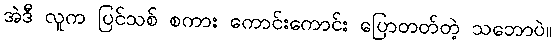
အဲဒီ လူက ပြင်သစ် စကား ကောင်းကောင်း ပြောတတ်တဲ့ သဘောပဲ။